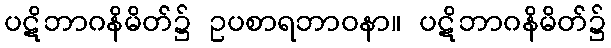
ပဋိဘာဂနိမိတ်၌ ဥပစာရဘာဝနာ။ ပဋိဘာဂနိမိတ်၌